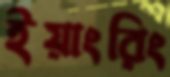
ইয়াংরিং